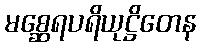
မစ္ဆေရပရိယုဋ္ဌိတေန